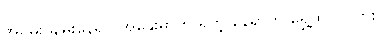
အရမ်း ချမ်းနေရင် အနွေးဓာတ် ရတဲ့ နေရာကို ရွှေ့ထိုင်ပါလား။